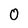
Character: 0